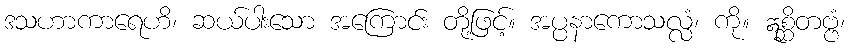
ဒသဟာကာရေဟိ၊ ဆယ်ပါးသော အကြောင်း တို့ဖြင့်။ အပ္ပနာကောသလ္လံ၊ ကို။ ဣစ္ဆိတဗ္ဗံ၊